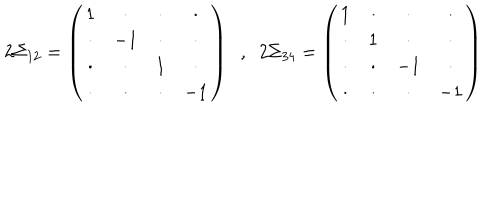
LaTeX: 2 \Sigma _ { 1 2 } = \left( \begin{array} { c c c c } { { 1 } } & { { \cdot } } & { { \cdot } } & { { \cdot } } \\ { { \cdot } } & { { - 1 } } & { { \cdot } } & { { \cdot } } \\ { { \cdot } } & { { \cdot } } & { { 1 } } & { { \cdot } } \\ { { \cdot } } & { { \cdot } } & { { \cdot } } & { { - 1 } } \\ \end{array} \right) \; \; , \; \; 2 \Sigma _ { 3 4 } = \left( \begin{array} { c c c c } { { 1 } } & { { \cdot } } & { { \cdot } } & { { \cdot } } \\ { { \cdot } } & { { 1 } } & { { \cdot } } & { { \cdot } } \\ { { \cdot } } & { { \cdot } } & { { - 1 } } & { { \cdot } } \\ { { \cdot } } & { { \cdot } } & { { \cdot } } & { { - 1 } } \\ \end{array} \right) \nonumber